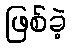
ဖြစ်ခဲ့